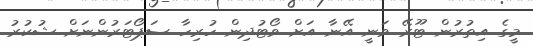
މީގެ އިތުރުން ޓޫރޭ ވަނީ އޭނާ އަށް ވޯޓުދިން ހުރިހާ ސަޕޯޓަރުންނަށް ޝުކުރު